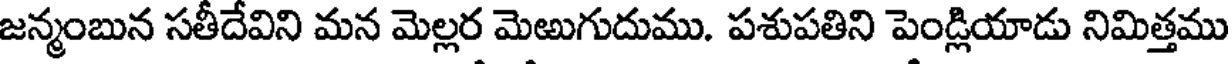
జన్మంబున సతీదేవిని మన మెల్లర మెఱుగుదుము. పశుపతిని పెండ్లియాడు నిమిత్తము